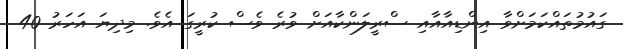
ގައުމުތައްކަމަށްވާ އިންޑިއާއާއި ސްރީލަންކާއަށް ވުރެ ވެސް ކުރީގަ އެވެ. މިދިޔަ އަހަރު 40